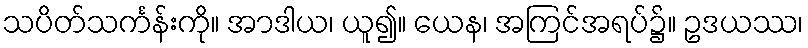
သပိတ်သင်္ကန်းကို။ အာဒါယ၊ ယူ၍။ ယေန၊ အကြင်အရပ်၌။ ဥဒယဿ၊